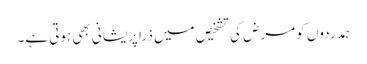
ہمدردوں کو مرض کی تشخیص میں ذرا پریشانی بھی ہوتی ہے۔